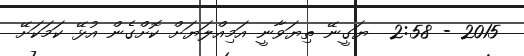
2015 - 2:58  ޔަގީނޭ ތިޔަވާނީ އަމިއްލަޔަށް ކޮށްގެން އުޅޭ ކަމަކަށޭ